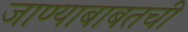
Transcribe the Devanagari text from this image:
जाण्याबाबतची